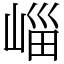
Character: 崰